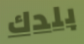
بلدك